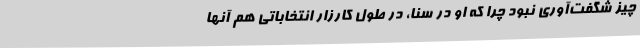
چیز شگفت‌آوری نبود چرا که او در سنا، در طول کارزار انتخاباتی هم آنها